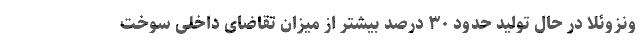
ونزوئلا در حال تولید حدود ۳۰ درصد بیشتر از میزان تقاضای داخلی سوخت